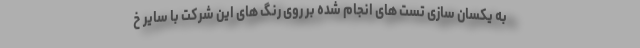
به یکسان سازی تست های انجام شده بر روی رنگ های این شرکت با سایر خ